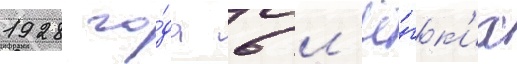
1928 го́да 6 л'ё́гк'их